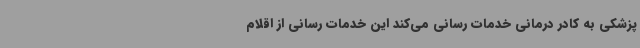
پزشکی به کادر درمانی خدمات رسانی می‌کند این خدمات رسانی از اقلام